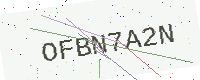
Text: OFBN7A2N